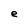
Character: e